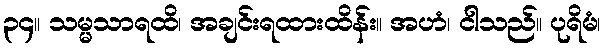
၃၄။ သမ္မသာရထိ၊ အချင်းရထားထိန်း။ အဟံ၊ ငါသည်။ ပုရိမံ၊